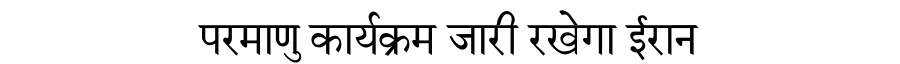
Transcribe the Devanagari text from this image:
परमाणु कार्यक्रम जारी रखेगा ईरान